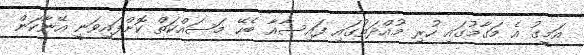
އަމީގު އެ މަގާމުގައި ހުރި މުއްދަތުގައި ފައިސާއާ ބެހޭ މަސައްކަތް ކޮށްފައިވަނީ އޭނާކަން